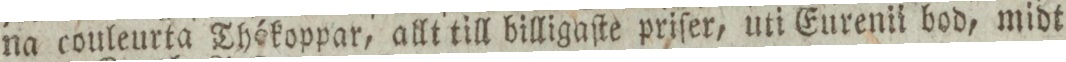
na couleurta Thékoppar, allt till billigaſte priſer, uti Eurenii bod, midt